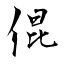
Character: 倱